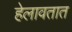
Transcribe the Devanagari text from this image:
हेलावतात